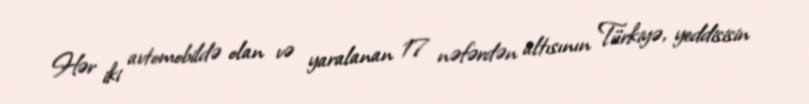
Hər iki avtomobildə olan və yaralanan 17 nəfərdən altısının Türkiyə, yeddisisin